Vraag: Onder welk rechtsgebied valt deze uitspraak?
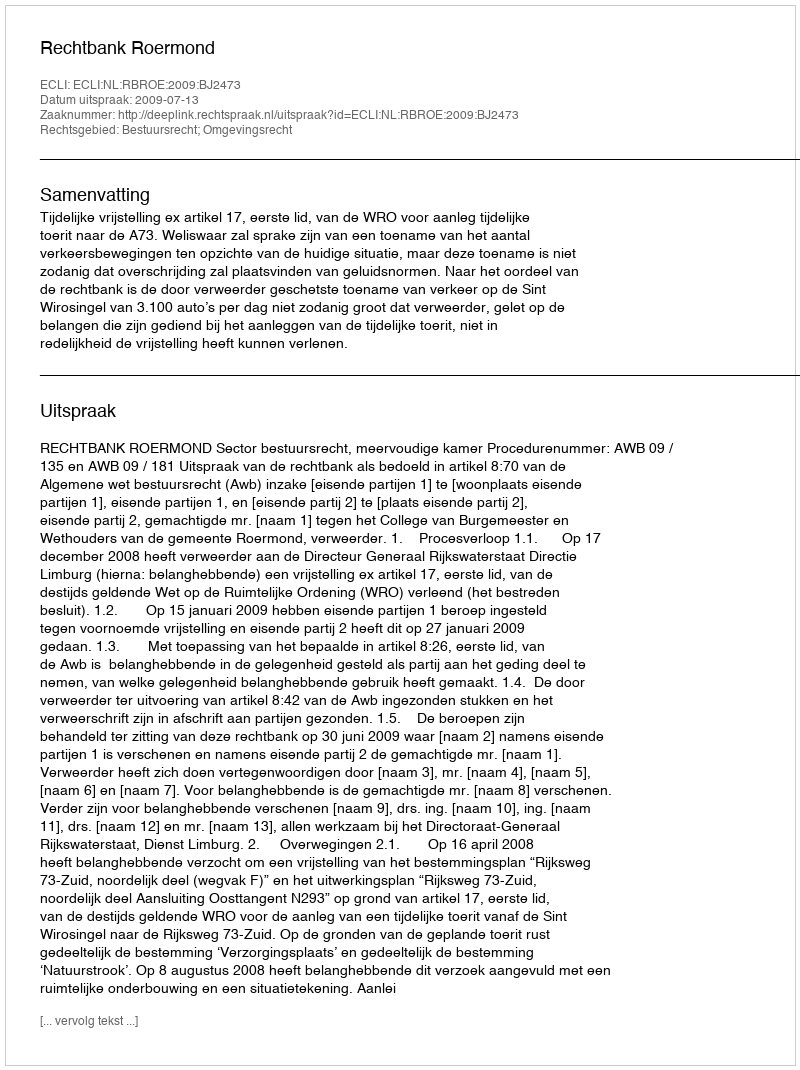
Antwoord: Bestuursrecht; Omgevingsrecht